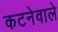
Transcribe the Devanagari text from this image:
कटनेवाले